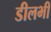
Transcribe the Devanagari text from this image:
डीलभी